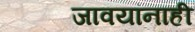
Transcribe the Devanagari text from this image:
जावयांनाही